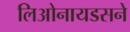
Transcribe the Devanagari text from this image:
लिओनायडसने